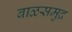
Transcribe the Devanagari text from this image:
बाळसमुद्र